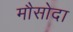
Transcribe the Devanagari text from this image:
मौसोदा